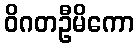
ဝိဂတဦမိကော